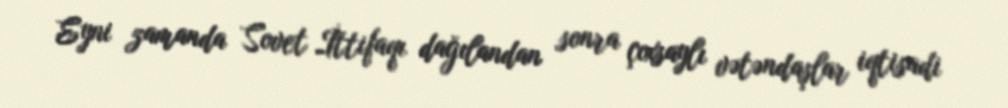
Eyni zamanda Sovet İttifaqı dağılandan sonra çoxsaylı vətəndaşlar iqtisadi